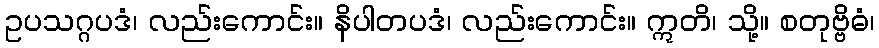
ဥပသဂ္ဂပဒံ၊ လည်းကောင်း။ နိပါတပဒံ၊ လည်းကောင်း။ ဣတိ၊ သို့။ စတုဗ္ဗိဓံ၊